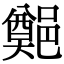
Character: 𨞀